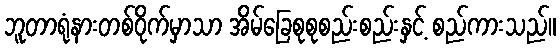
ဘူတာရုံနားတစ်ဝိုက်မှာသာ အိမ်ခြေစုစုစည်းစည်းနှင့် စည်ကားသည်။